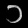
Digit: ၁